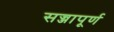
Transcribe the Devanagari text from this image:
सज्जापूर्ण